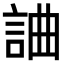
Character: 𧧥